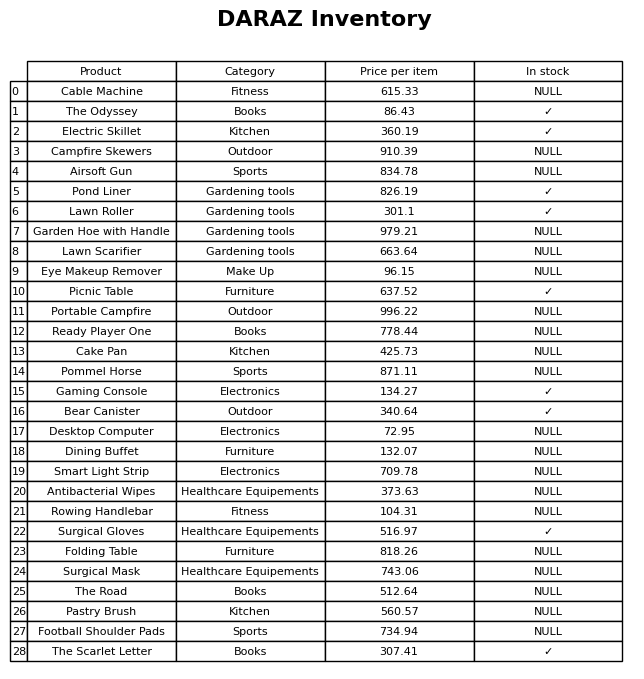
question: What category does the Dining Buffet belong to?
answer: Furniture